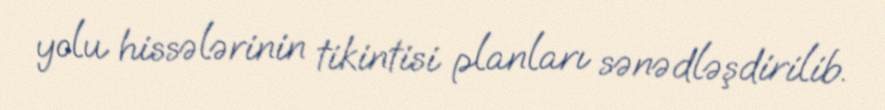
yolu hissələrinin tikintisi planları sənədləşdirilib.